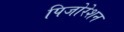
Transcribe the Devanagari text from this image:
पिजोरेशन